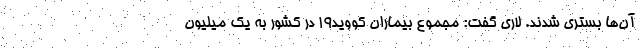
آن‌ها بستری شدند. لاری گفت: مجموع بیماران کووید۱۹ در کشور به یک میلیون